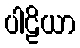
ပါဠိယာ